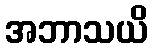
အဘာသယိ